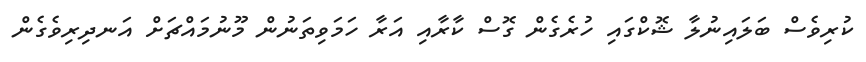
ކުރިވެސް ބަލައިނުލާ ޝޮކްގައި ހުރެގެން ގޮސް ކާރާއި އަރާ ހަމަވިތަނުން މޫނުމައްޗަށް އަނދިރިވެގެން